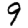
Digit: 9